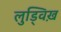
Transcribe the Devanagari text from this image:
लुड्विख़